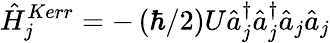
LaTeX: \hat{H}_{j}^{Kerr}=-\left(\hbar/2\right)U\hat{a}_{j}^{\dagger}\hat{a}_{j}^{\dagger}\hat{a}_{j}\hat{a}_{j}